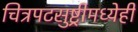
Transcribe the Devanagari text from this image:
चित्रपटसुष्ट्रीमध्येही